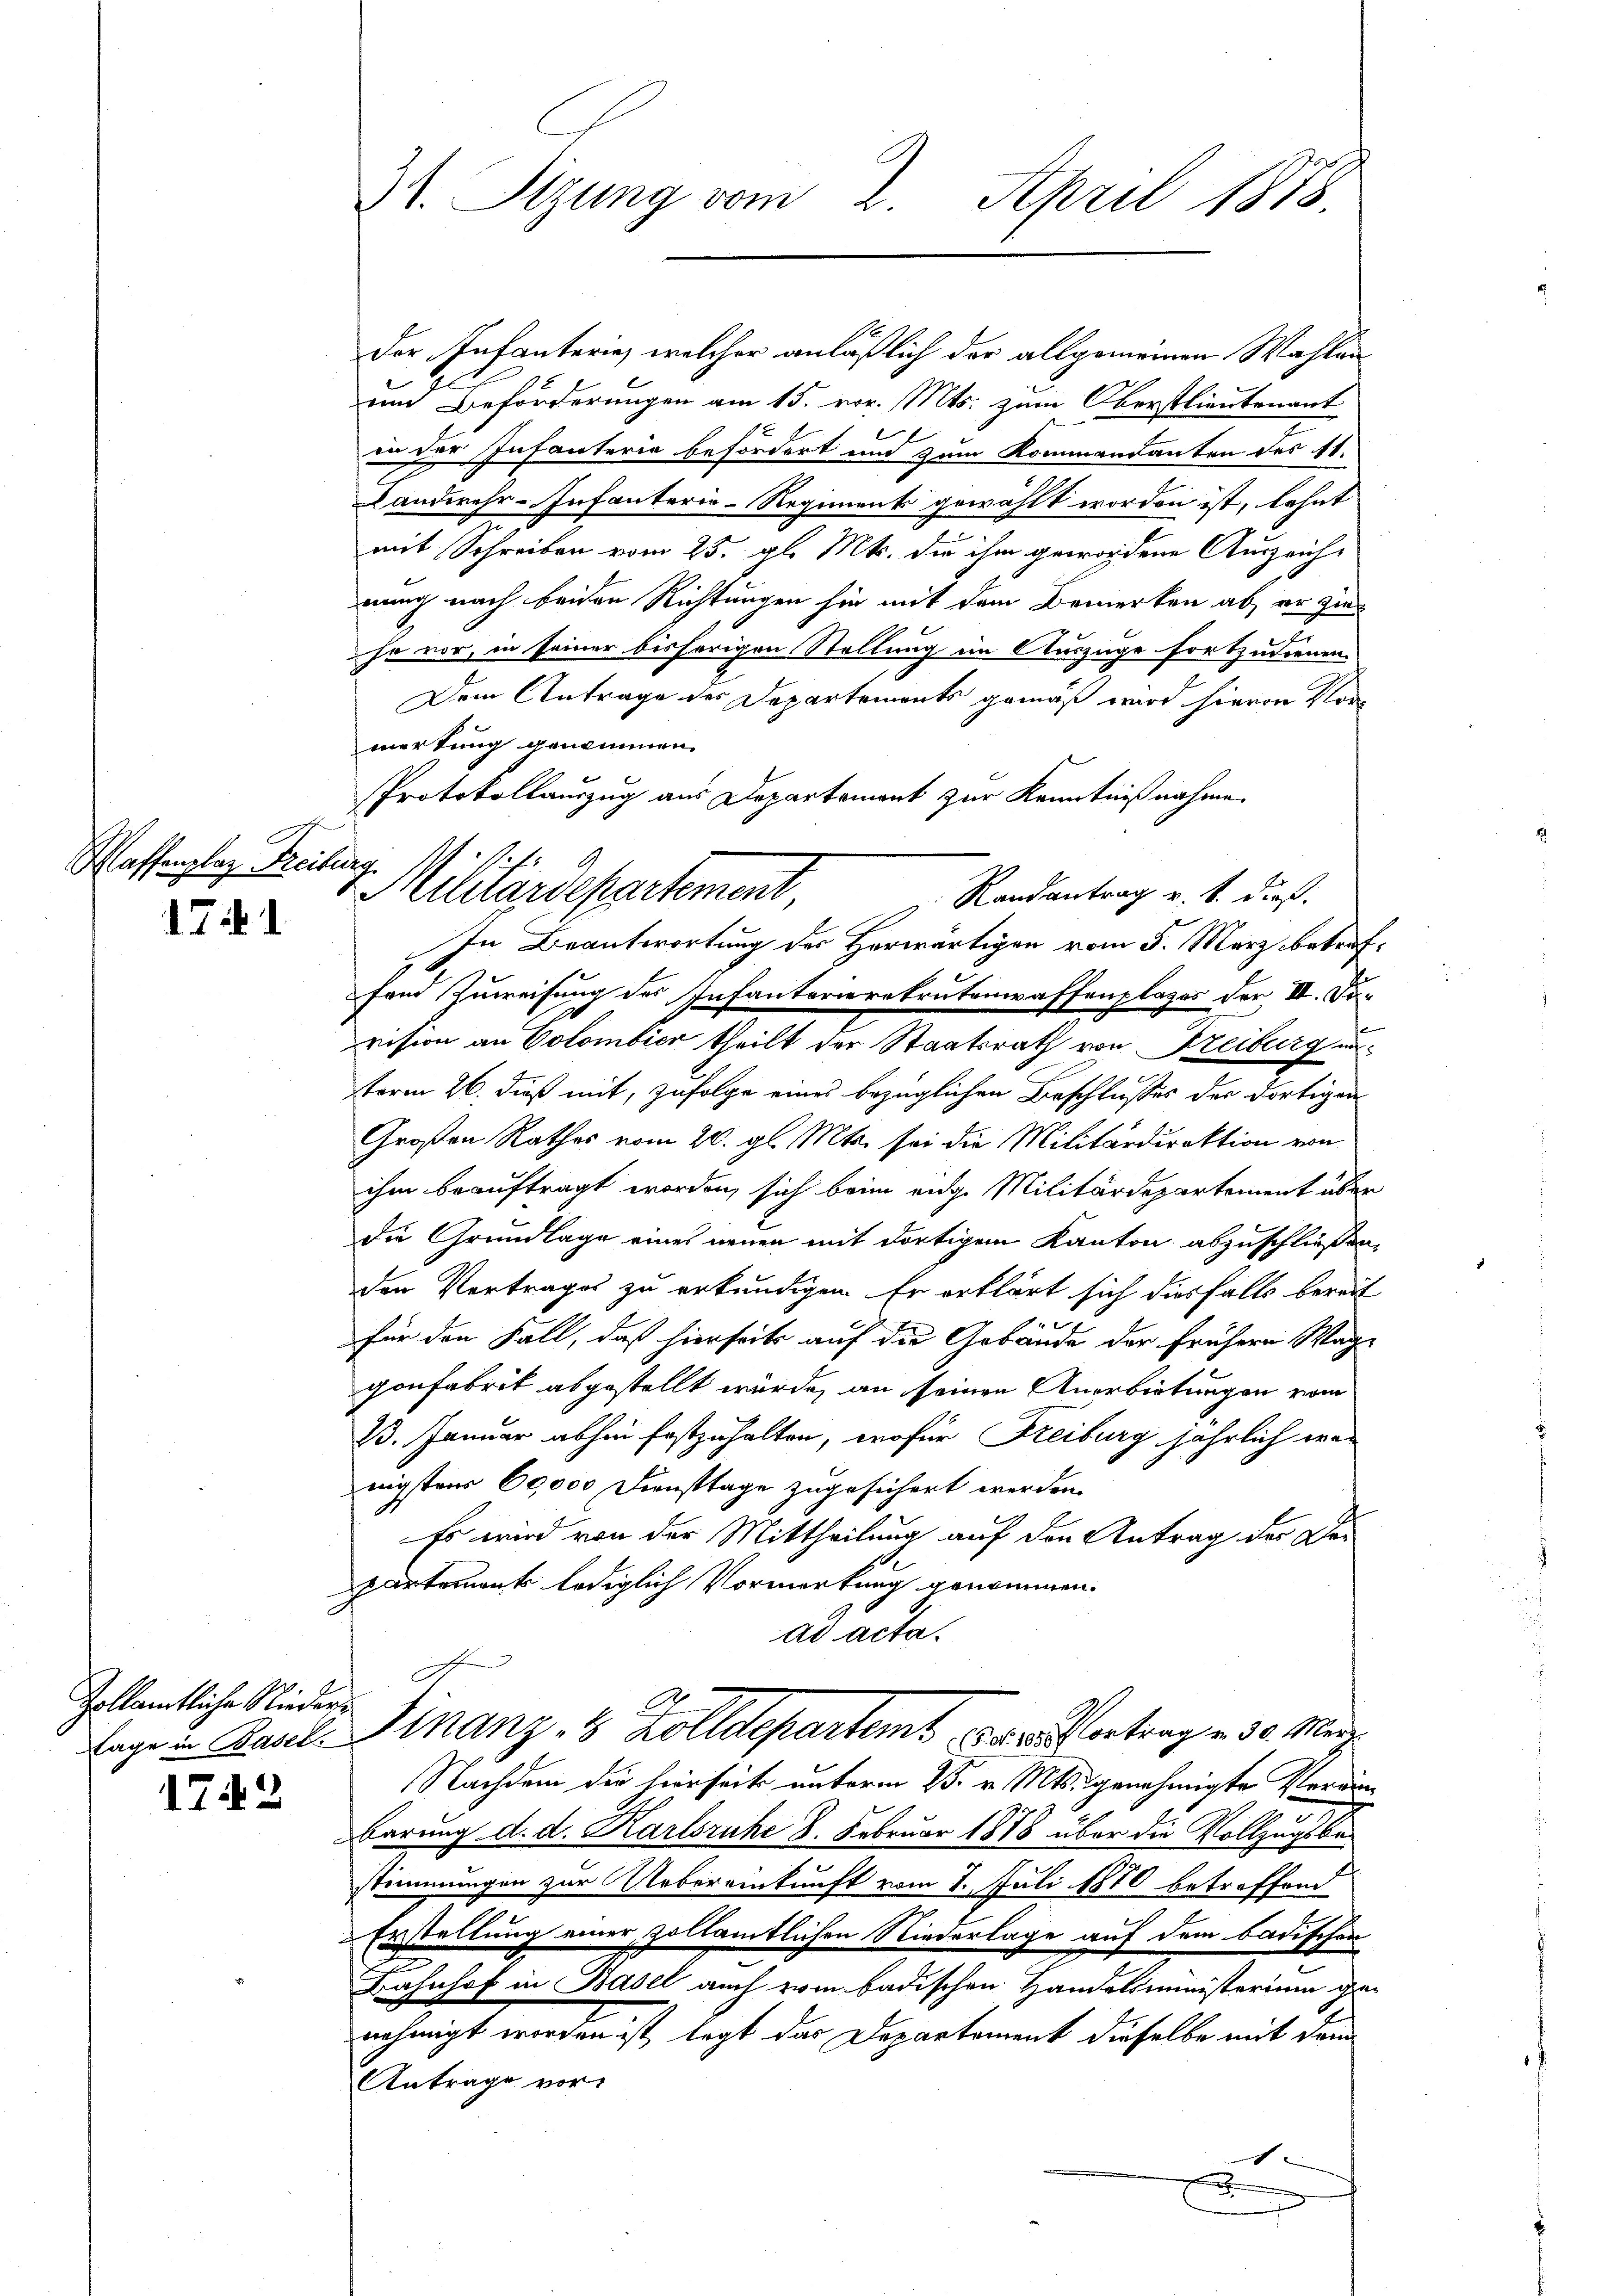
Waffenplaz Freis

1741

Zollämtliche Nieders

1742

31. Sizung vom 2. April 1878.

Protokollauszug aus Departement zur Kenntnißnahme.
lug.
Militärdepartement,
In Beantwortung des Herwärtigen vom 5. März betref

Der Infanterie, welcher anläßlich der allgemeinen Wahlen¬
und Beförderungen am 15. vor. Mts. zum Oberstlieutenant
u der Infanteria befördert und zum Kommandanten des 11.
Landwehr-Infanterie-Regiment gewählt worden ist, lehnt
mit Schreiben vom 25. gl. Mts. die ihm gewordene Auszeichnung nach beiden Richtungen sie mit dem Bemerken ab, er zins
he vor, in seiner bisherigen Stellung im Auszüge fortzudienen.
Dem Antrage des Departements gemäß wird hievon Vor
merkung genommen.
Randantrag v. 4. dieß.
z
fand Zuweisung des Infanterierekrutenwaffenplages der II. Di-
vision an Colombier theilt der Staatsrath von Freiburg unterm 26. dieß mit, zufolge eines bezüglichen Beschlusses der dortigen
Großen Rathes vom 20. gl. Mts. sei die Militärdirektion von
ihm beauftragt worden, sich beim eidg. Militärdepartement über
die Grundlage eines neuen mit dortigem Kanton abzuschließen.
den Vertrages zu erkundigen. Er erklärt sich diesfalls bereit
0
für den Fall, daß hierseits auf die Gebäude der frühere Waggonfabrik abgestellt würde, an seinen Anerbietungen vom
B. Januar abhin festzuhalten, wofür Freiburg jährlich war
nigstens 60,000 Diensttage zugesichert werden.
Es wird von der Mittheilung auf den Antrag der Dei
partement lediglich Vorwortung genommen.
ad acta.
Lage in Saal. Finanz, 8 Zolldepartem 16. Vortrag v. 30. März
Nachdem die hierseits unterm 25. v. Mts. genehmigte Verärn
8
barung d. d. Karlsruhe 8. Februar 1878 über die Vollzugsbestimmungen zur Uebereinkunft vom 1. Juli 1870 betreffend
Erstellung einer zollamtlichen Niederlage auf dem badischen
Bahnhof in Basel auch vom badischen Handelsministerium genehmigt worden ist, legt das Departement dieselbe mit dem
Antrage vor.
x